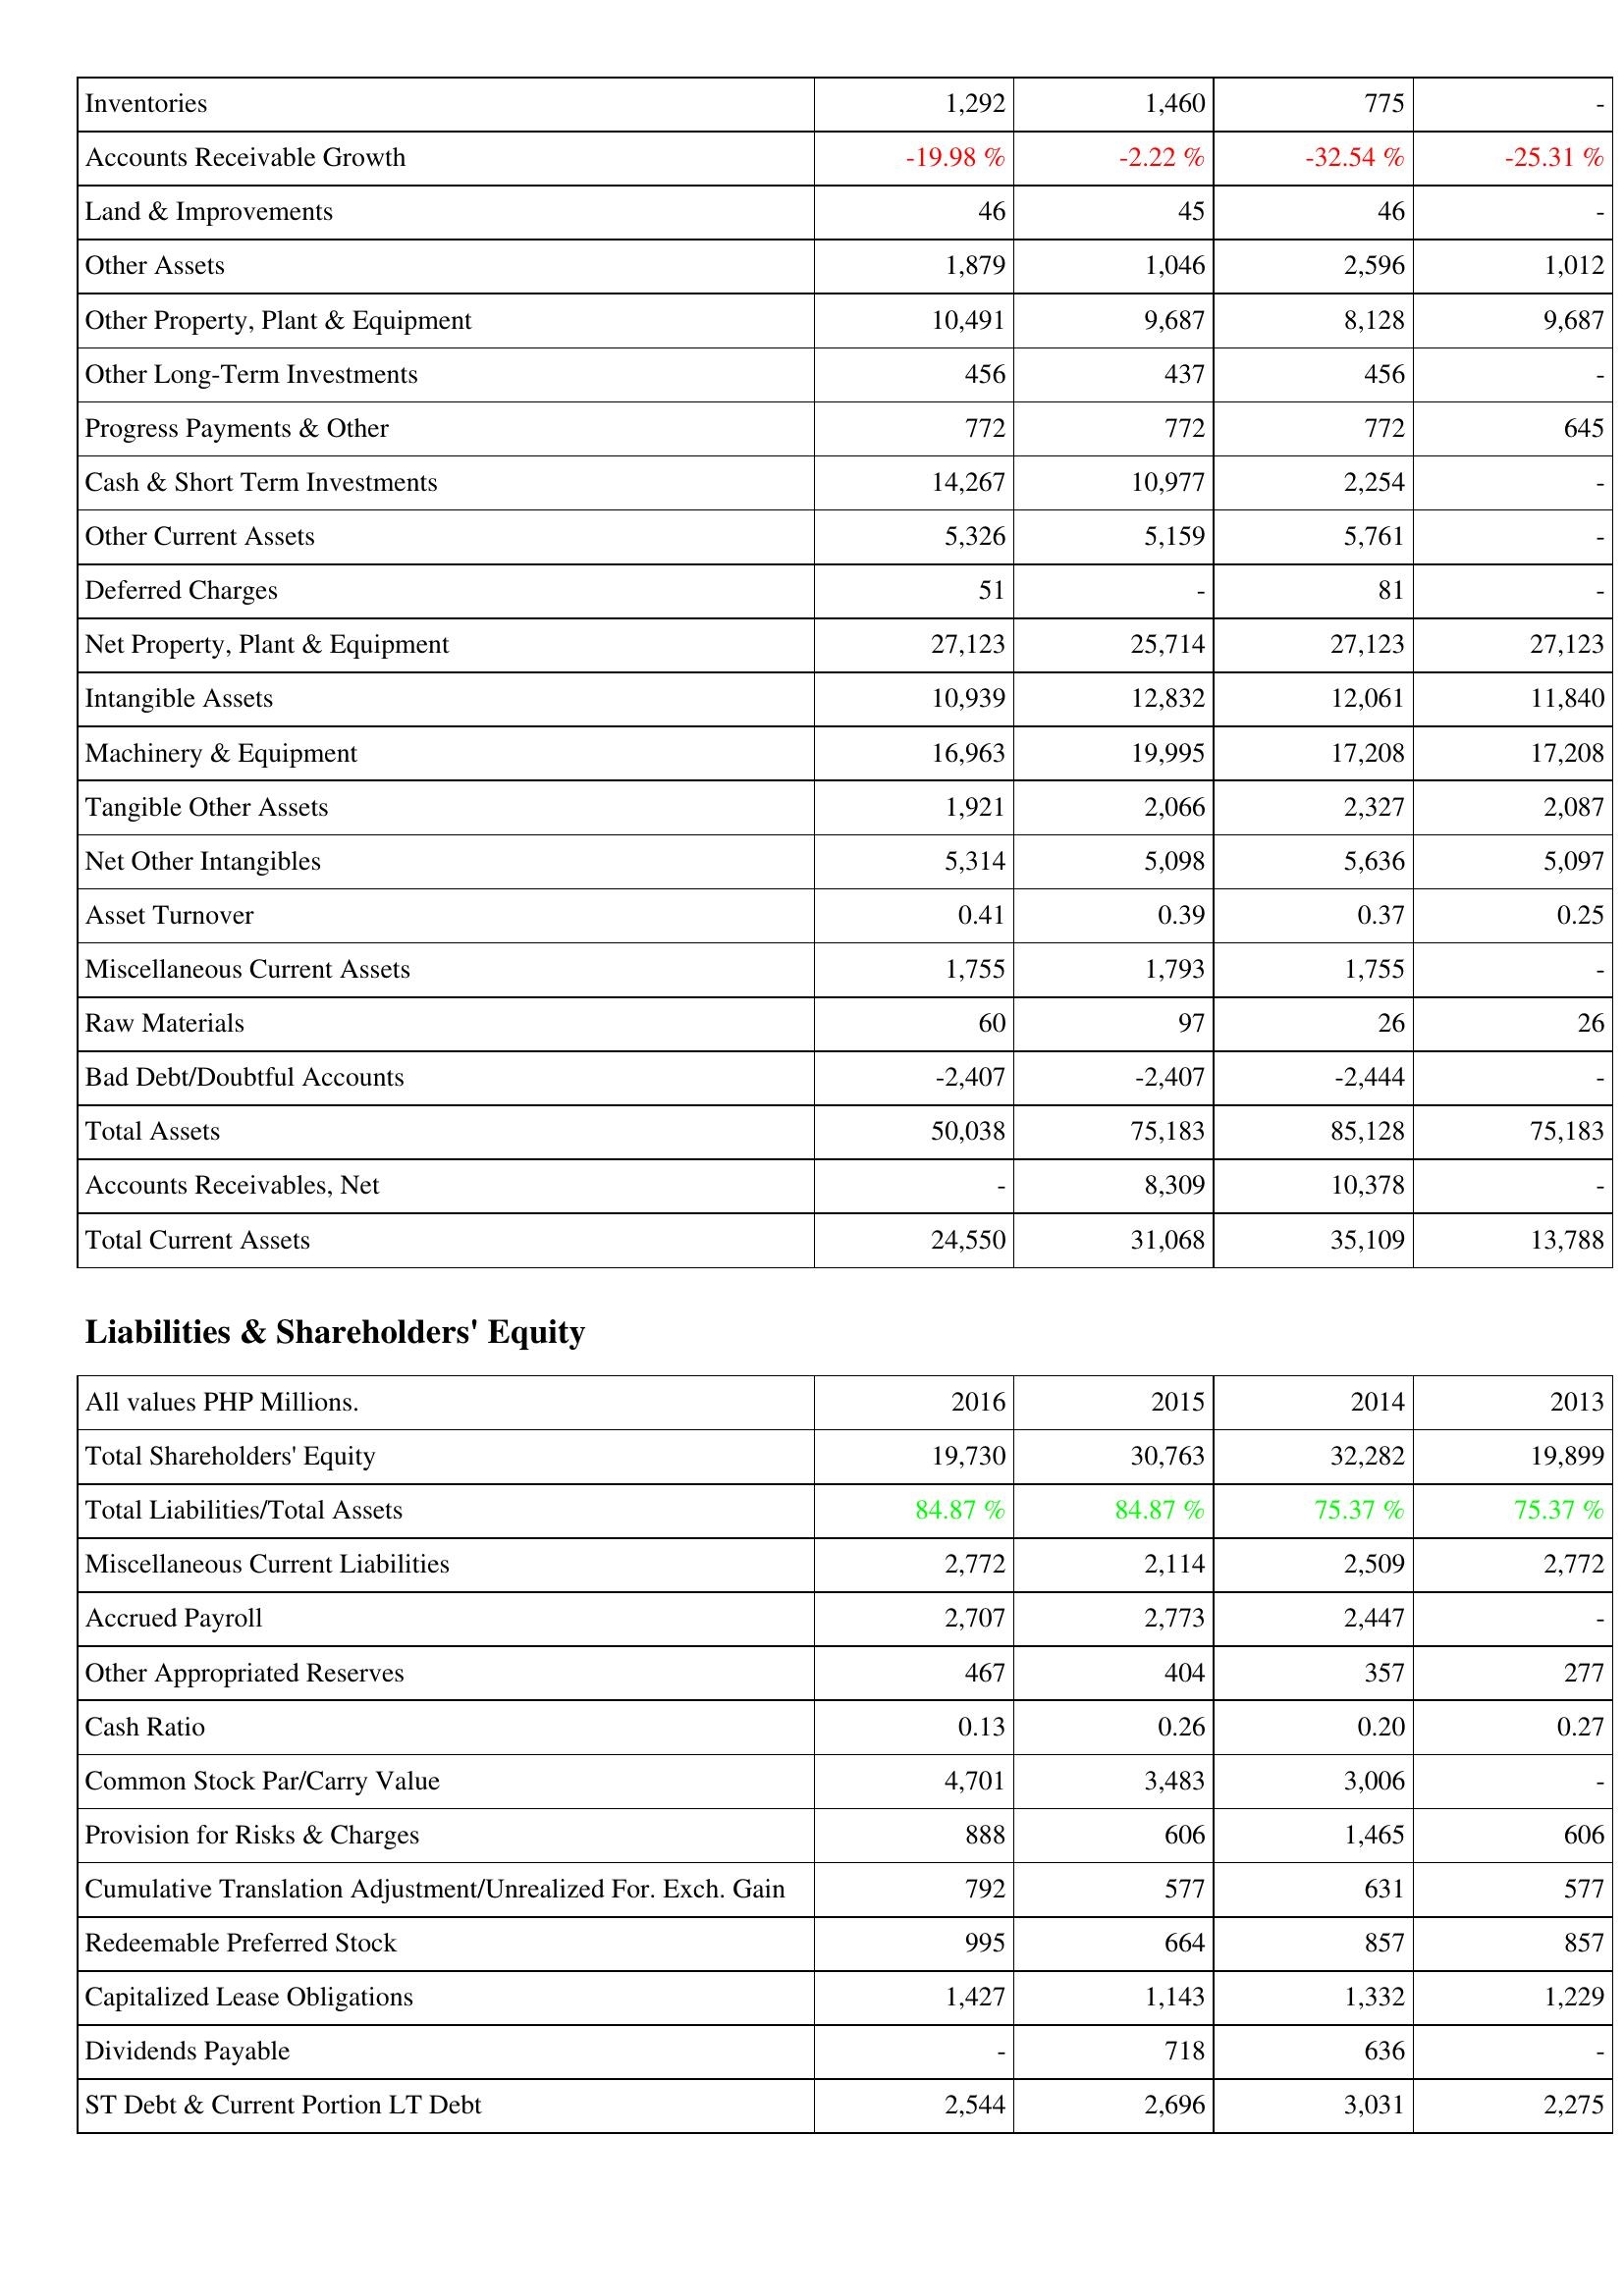
2016: Assets: Inventories: 1,292
Accounts Receivable Growth: -19.98 %
Land & Improvements: 46
Other Assets: 1,879
Other Property, Plant & Equipment: 10,491
Other Long-Term Investments: 456
Progress Payments & Other: 772
Cash & Short Term Investments: 14,267
Other Current Assets: 5,326
Deferred Charges: 51
Net Property, Plant & Equipment: 27,123
Intangible Assets: 10,939
Machinery & Equipment: 16,963
Tangible Other Assets: 1,921
Net Other Intangibles: 5,314
Asset Turnover: 0.41
Miscellaneous Current Assets: 1,755
Raw Materials: 60
Bad Debt/Doubtful Accounts: -2,407
Total Assets: 50,038
Accounts Receivables, Net: -
Total Current Assets: 24,550
Liabilities & Shareholders' Equity: Total Shareholders' Equity: 19,730
Total Liabilities/Total Assets: 84.87 %
Miscellaneous Current Liabilities: 2,772
Accrued Payroll: 2,707
Other Appropriated Reserves: 467
Cash Ratio: 0.13
Common Stock Par/Carry Value: 4,701
Provision for Risks & Charges: 888
Cumulative Translation Adjustment/Unrealized For. Exch. Gain: 792
Redeemable Preferred Stock: 995
Capitalized Lease Obligations: 1,427
Dividends Payable: -
ST Debt & Current Portion LT Debt: 2,544
2015: Assets: Inventories: 1,460
Accounts Receivable Growth: -2.22 %
Land & Improvements: 45
Other Assets: 1,046
Other Property, Plant & Equipment: 9,687
Other Long-Term Investments: 437
Progress Payments & Other: 772
Cash & Short Term Investments: 10,977
Other Current Assets: 5,159
Deferred Charges: -
Net Property, Plant & Equipment: 25,714
Intangible Assets: 12,832
Machinery & Equipment: 19,995
Tangible Other Assets: 2,066
Net Other Intangibles: 5,098
Asset Turnover: 0.39
Miscellaneous Current Assets: 1,793
Raw Materials: 97
Bad Debt/Doubtful Accounts: -2,407
Total Assets: 75,183
Accounts Receivables, Net: 8,309
Total Current Assets: 31,068
Liabilities & Shareholders' Equity: Total Shareholders' Equity: 30,763
Total Liabilities/Total Assets: 84.87 %
Miscellaneous Current Liabilities: 2,114
Accrued Payroll: 2,773
Other Appropriated Reserves: 404
Cash Ratio: 0.26
Common Stock Par/Carry Value: 3,483
Provision for Risks & Charges: 606
Cumulative Translation Adjustment/Unrealized For. Exch. Gain: 577
Redeemable Preferred Stock: 664
Capitalized Lease Obligations: 1,143
Dividends Payable: 718
ST Debt & Current Portion LT Debt: 2,696
2014: Assets: Inventories: 775
Accounts Receivable Growth: -32.54 %
Land & Improvements: 46
Other Assets: 2,596
Other Property, Plant & Equipment: 8,128
Other Long-Term Investments: 456
Progress Payments & Other: 772
Cash & Short Term Investments: 2,254
Other Current Assets: 5,761
Deferred Charges: 81
Net Property, Plant & Equipment: 27,123
Intangible Assets: 12,061
Machinery & Equipment: 17,208
Tangible Other Assets: 2,327
Net Other Intangibles: 5,636
Asset Turnover: 0.37
Miscellaneous Current Assets: 1,755
Raw Materials: 26
Bad Debt/Doubtful Accounts: -2,444
Total Assets: 85,128
Accounts Receivables, Net: 10,378
Total Current Assets: 35,109
Liabilities & Shareholders' Equity: Total Shareholders' Equity: 32,282
Total Liabilities/Total Assets: 75.37 %
Miscellaneous Current Liabilities: 2,509
Accrued Payroll: 2,447
Other Appropriated Reserves: 357
Cash Ratio: 0.20
Common Stock Par/Carry Value: 3,006
Provision for Risks & Charges: 1,465
Cumulative Translation Adjustment/Unrealized For. Exch. Gain: 631
Redeemable Preferred Stock: 857
Capitalized Lease Obligations: 1,332
Dividends Payable: 636
ST Debt & Current Portion LT Debt: 3,031
2013: Assets: Inventories: -
Accounts Receivable Growth: -25.31 %
Land & Improvements: -
Other Assets: 1,012
Other Property, Plant & Equipment: 9,687
Other Long-Term Investments: -
Progress Payments & Other: 645
Cash & Short Term Investments: -
Other Current Assets: -
Deferred Charges: -
Net Property, Plant & Equipment: 27,123
Intangible Assets: 11,840
Machinery & Equipment: 17,208
Tangible Other Assets: 2,087
Net Other Intangibles: 5,097
Asset Turnover: 0.25
Miscellaneous Current Assets: -
Raw Materials: 26
Bad Debt/Doubtful Accounts: -
Total Assets: 75,183
Accounts Receivables, Net: -
Total Current Assets: 13,788
Liabilities & Shareholders' Equity: Total Shareholders' Equity: 19,899
Total Liabilities/Total Assets: 75.37 %
Miscellaneous Current Liabilities: 2,772
Accrued Payroll: -
Other Appropriated Reserves: 277
Cash Ratio: 0.27
Common Stock Par/Carry Value: -
Provision for Risks & Charges: 606
Cumulative Translation Adjustment/Unrealized For. Exch. Gain: 577
Redeemable Preferred Stock: 857
Capitalized Lease Obligations: 1,229
Dividends Payable: -
ST Debt & Current Portion LT Debt: 2,275